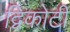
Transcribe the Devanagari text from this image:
द्विकोटी